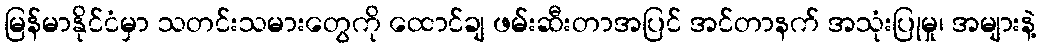
မြန်မာနိုင်ငံမှာ သတင်းသမားတွေကို ထောင်ချ ဖမ်းဆီးတာအပြင် အင်တာနက် အသုံးပြုမှု၊ အများနဲ့